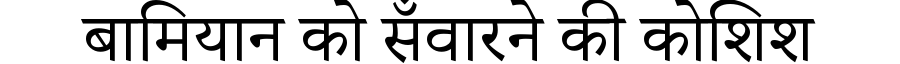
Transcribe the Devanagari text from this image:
बामियान को सँवारने की कोशिश